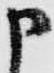
申